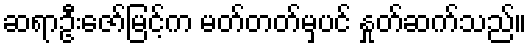
ဆရာဦးဇော်မြင့်က မတ်တတ်မှပင် နှုတ်ဆက်သည်။